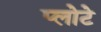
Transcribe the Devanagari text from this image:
प्लोटे